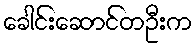
ခေါင်းဆောင်တဦးက